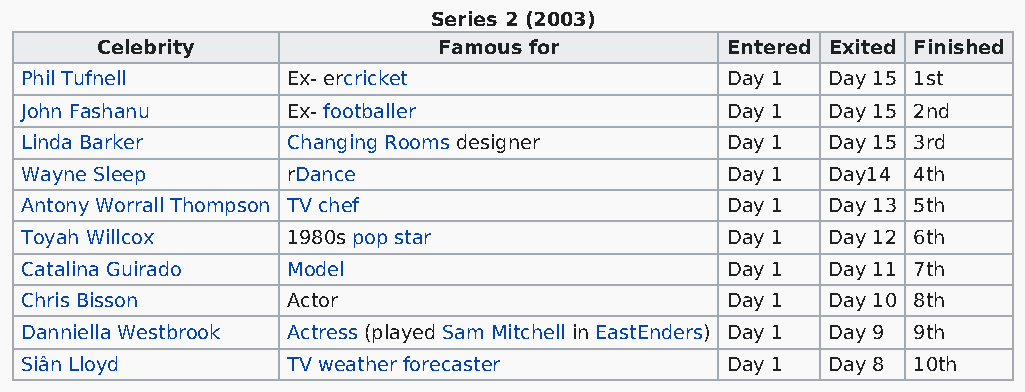
Series 2 (2003)
 Celebrity              Famous for         Entered Exited Finished
 Phil Tufnell      Ex- ercricket                Day 1  Day 15 1st
 John Fashanu      Ex- footballer               Day 1  Day 15 2nd
 Linda Barker      Changing Rooms designer      Day 1  Day 15 3rd
 Wayne Sleep       rDance                       Day 1  Day14 4th
 Antony Worrall Thompson TV chef                Day 1  Day 13 5th
 Toyah Willcox     1980s pop star               Day 1  Day 12 6th
 Catalina Guirado  Model                        Day 1  Day 11 7th
 Chris Bisson      Actor                        Day 1  Day 10 8th
 Danniella Westbrook Actress (played Sam Mitchell in EastEnders) Day 1 Day 9 9th
 Siân Lloyd        TV weather forecaster        Day 1  Day 8 10th